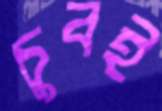
চুবই